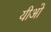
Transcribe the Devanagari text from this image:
यीओ